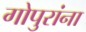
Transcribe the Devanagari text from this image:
गोपुरांना